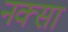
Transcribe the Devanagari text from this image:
नक्सा